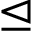
\trianglelefteq